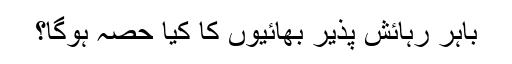
باہر رہائش پذیر بھائیوں کا کیا حصہ ہوگا؟